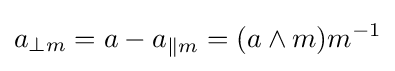
a_{\perp m}=a-a_{\|m}=(a\wedge m)m^{-1}